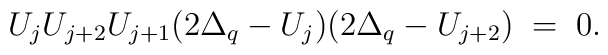
U_{j}U_{j+2}U_{j+1}(2\Delta_{q}-U_{j})(2 \Delta_{q} -U_{j+2}) \;=\;0.